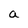
Character: a